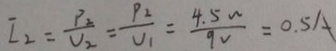
I _ { 2 } = \frac { P _ { 2 } } { V _ { 2 } } = \frac { P _ { 2 } } { V _ { 1 } } = \frac { 4 . 5 w } { 9 V } = 0 . 5 A